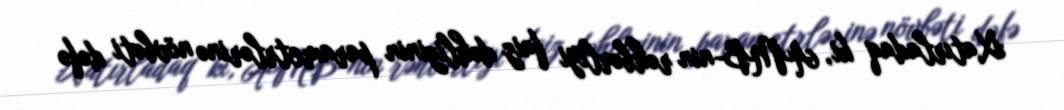
Xatırladaq ki, AMB-nin rəhbərliyi faiz dəhlizinin parametrlərinə növbəti dəfə